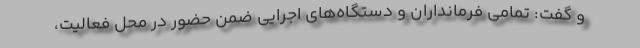
و گفت: تمامی فرمانداران و دستگاه‌های اجرایی ضمن حضور در محل فعالیت،